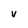
Character: v